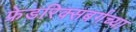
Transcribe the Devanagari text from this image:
फ्रेडरिक्सबर्गच्या